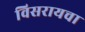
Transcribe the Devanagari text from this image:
विसरायचा